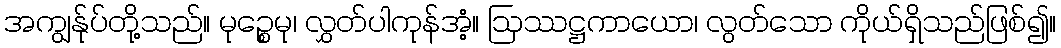
အကျွန်ုပ်တို့သည်။ မုဉ္စေမု၊ လွှတ်ပါကုန်အံ့။ ဩဿဋ္ဌကာယော၊ လွတ်သော ကိုယ်ရှိသည်ဖြစ်၍။